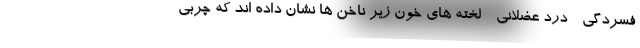
فسردگی - درد عضلانی - لخته های خون زیر ناخن ها نشان داده اند که چربی